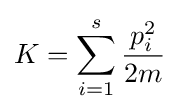
K=\sum _{i=1}^{s}{\frac {p_{i}^{2}}{2m}}